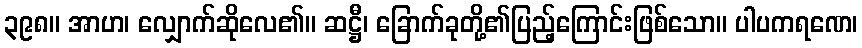
၃၉၈။ အာဟ၊ လျှောက်ဆိုလေ၏။ ဆဋ္ဌီ၊ ခြောက်ခုတို့၏ပြည့်ကြောင်းဖြစ်သော။ ပါပကရဏေ၊